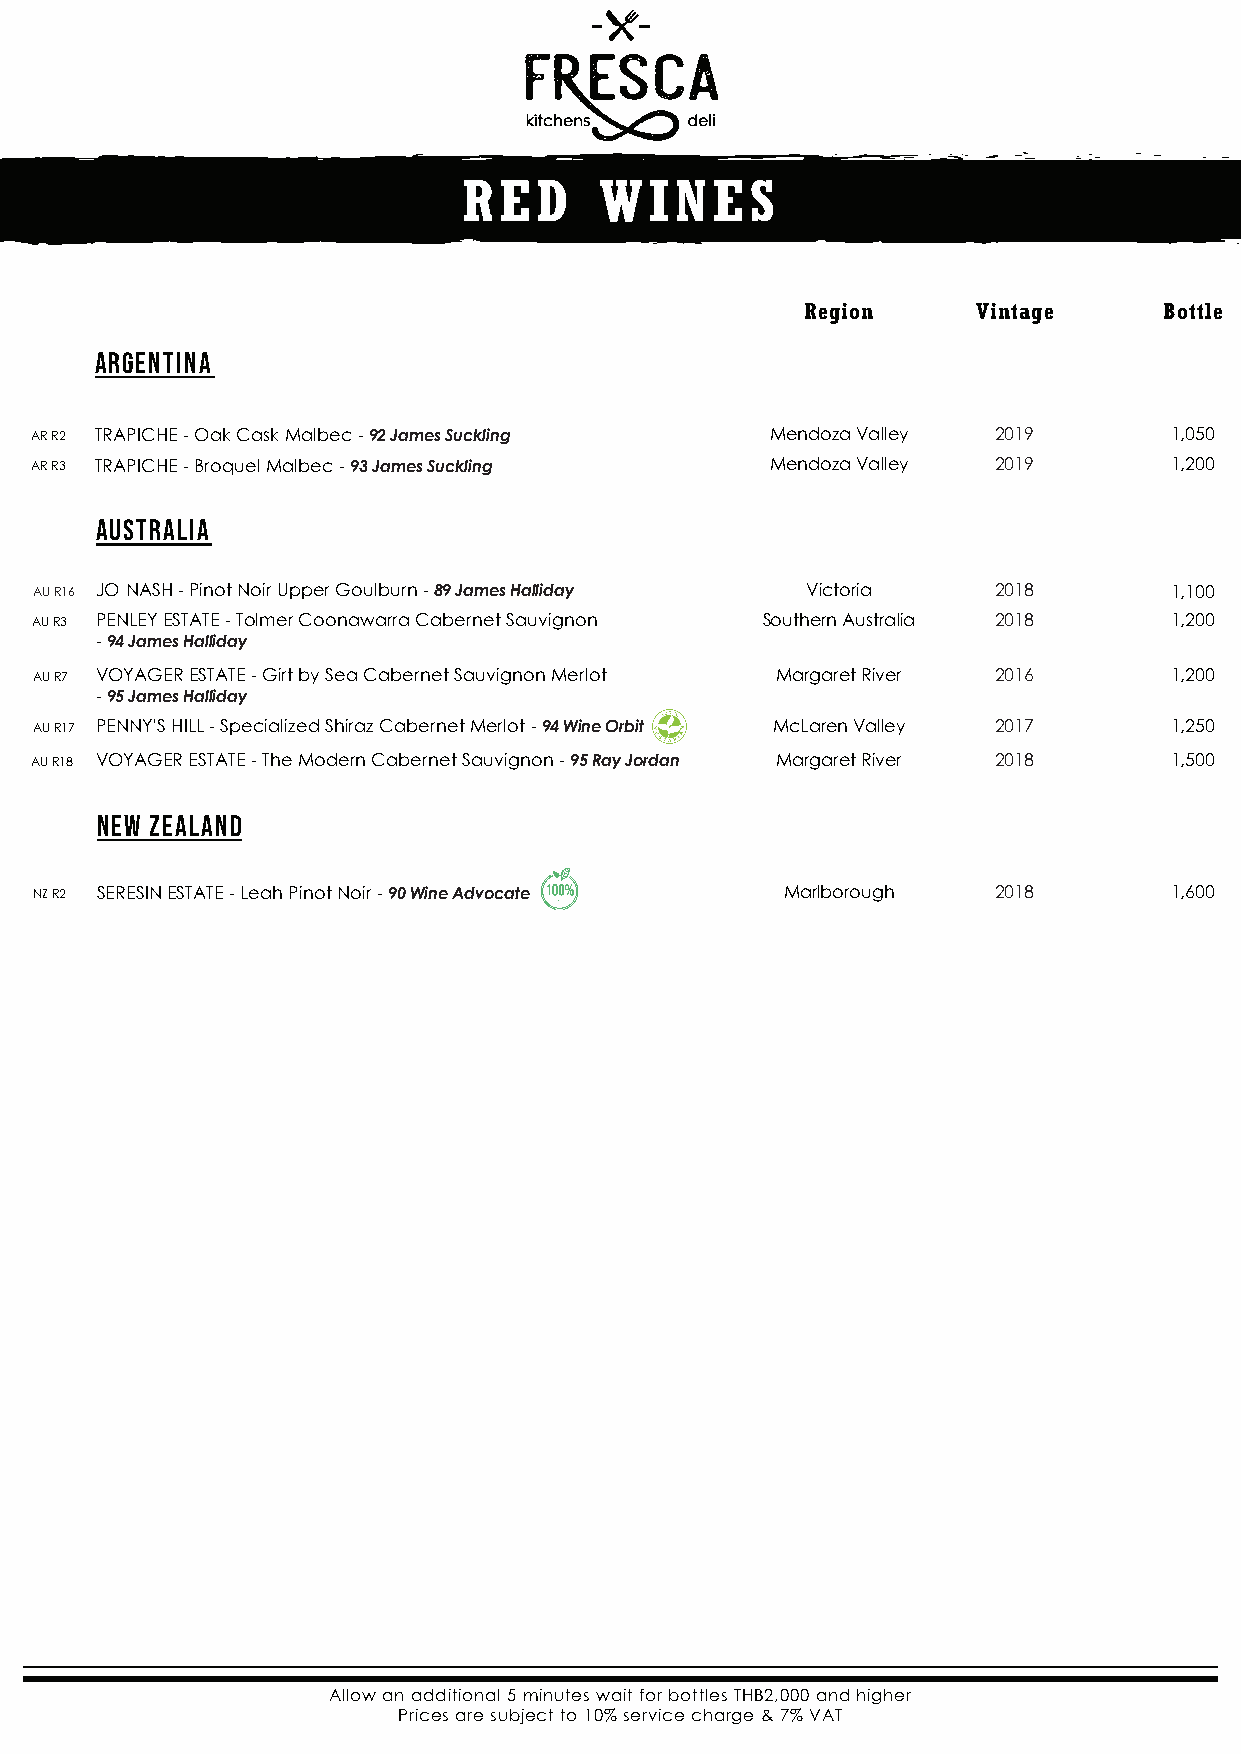
RED      WINES
 Region      Vintage     Bottle
 Argentina
 AR R2 TRAPICHE - Oak Cask Malbec - 92 James Suckling Mendoza Valley 2019   1,050
 AR R3 TRAPICHE - Broquel Malbec - 93 James Suckling Mendoza Valley 2019    1,200
 Australia
 AU R16 JO NASH - Pinot Noir Upper Goulburn - 89 James Halliday Victoria 2018 1,100
 AU R3 PENLEY ESTATE - Tolmer Coonawarra Cabernet Sauvignon Southern Australia 2018 1,200
 - 94 James Halliday
 AU R7 VOYAGER ESTATE - Girt by Sea Cabernet Sauvignon Merlot Margaret River 2016 1,200
 - 95 James Halliday
 AU R17 PENNY'S HILL - Specialized Shiraz Cabernet Merlot - 94 Wine Orbit McLaren Valley 2017 1,250
 AU R18 VOYAGER ESTATE - The Modern Cabernet Sauvignon - 95 Ray Jordan Margaret River 2018 1,500
 New Zealand
 NZ R2 SERESIN ESTATE - Leah Pinot Noir - 90 Wine Advocate Marlborough 2018 1,600
 Allow an additional 5 minutes wait for bottles THB2,000 and higher
 Prices are subject to 10% service charge & 7% VAT